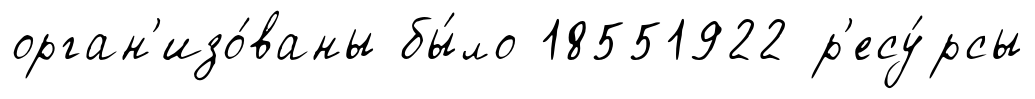
орган'изо́ваны бы́ло 18551922 р'есу́рсы